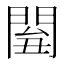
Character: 𨴘